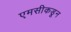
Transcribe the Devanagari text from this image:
एमसीकडून